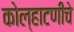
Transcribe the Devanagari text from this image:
कोल्हाटणीचे